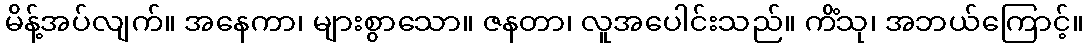
မိန့်အပ်လျက်။ အနေကာ၊ များစွာသော။ ဇနတာ၊ လူအပေါင်းသည်။ ကိံသု၊ အဘယ်ကြောင့်။